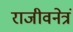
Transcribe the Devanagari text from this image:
राजीवनेत्रं